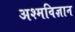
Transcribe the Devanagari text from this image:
अश्मविज्ञान